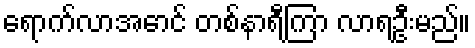
ရောက်လာအောင် တစ်နာရီကြာ လာရဦးမည်။